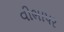
વીભાપર